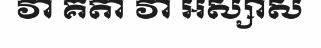
វា គតា វា អស្សាស